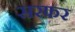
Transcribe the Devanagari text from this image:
सरफर